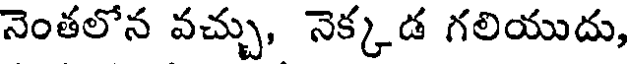
నెంతలోన వచ్చు, నెక్కడ గలియుదు,